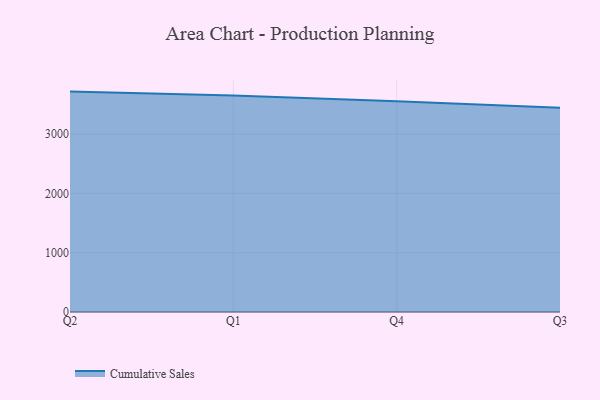
{"axis": {"x": "Quarter", "y": "Net Income (USD K)"}, "legend": ["Cumulative Sales"], "data": [{"x": "Q2", "y": 3718.9, "type": "Cumulative Sales"}, {"x": "Q1", "y": 3653.6, "type": "Cumulative Sales"}, {"x": "Q4", "y": 3554.0, "type": "Cumulative Sales"}, {"x": "Q3", "y": 3448.4, "type": "Cumulative Sales"}]}